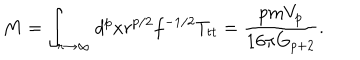
M = \int _ { r \rightarrow \infty } d ^ { p } x r ^ { p / 2 } f ^ { - 1 / 2 } T _ { t t } = \frac { p m V _ { p } } { 1 6 \pi G _ { p + 2 } } .